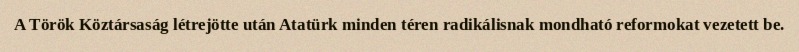
A Török Köztársaság létrejötte után Atatürk minden téren radikálisnak mondható reformokat vezetett be.